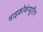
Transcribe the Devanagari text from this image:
माइक्रोकंप्यूटिंग